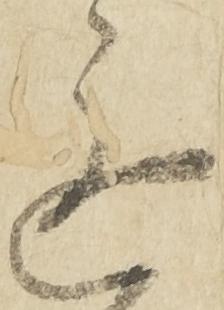
進